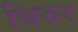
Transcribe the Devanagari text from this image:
बिरुर